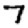
Digit: 7